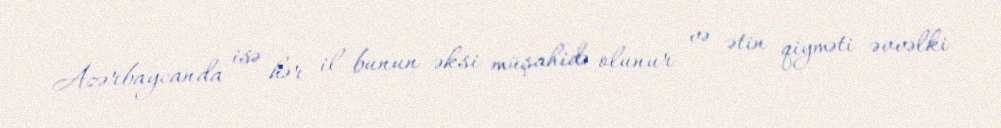
Azərbaycanda isə hər il bunun əksi müşahidə olunur və ətin qiyməti əvvəlki